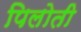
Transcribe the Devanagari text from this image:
पिलोती